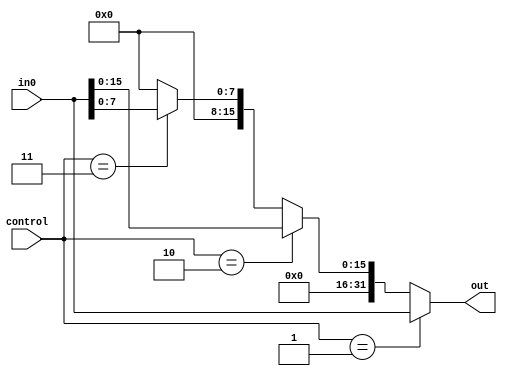
module LS(
    input wire [31:0] in0,
    input wire [1:0] control,
    output wire [31:0] out
    );

    assign out = (control == 2'b01) ? in0:
                 (control == 2'b10) ? {{16{1'b0}},in0[15:0]}:
                 (control == 2'b11) ? {{24{1'b0}},in0[7:0]}:
                 32'b00000000000000000000000000000000;
                 
endmodule